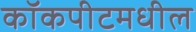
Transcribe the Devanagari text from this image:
कॉकपीटमधील